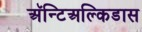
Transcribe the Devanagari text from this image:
अॅन्टिअल्किडास